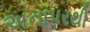
અનાપરથી